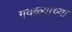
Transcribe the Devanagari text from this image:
गवळ्याच्या